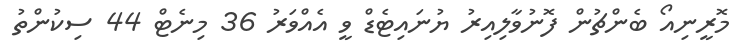
މޮރީނިއޯ ބެންޗުން ފޮނުވާލިއިރު ޔުނައިޓެޑް ވީ އެއްވަރު 36 މިނެޓް 44 ސިކުންތު